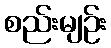
စည်းမျဉ်း